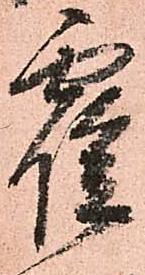
霍